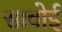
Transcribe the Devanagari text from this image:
सावोई